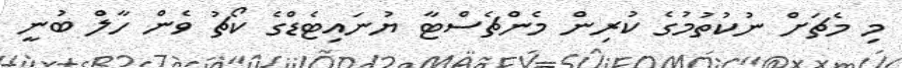
މި މެޗަށް ނުކުތުމުގެ ކުރިން މެންޗެސްޓާ ޔުނައިޓެޑްގެ ކޯޗު ވެން ހާލް ބުނީ